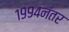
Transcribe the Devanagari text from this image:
१९९४नंतर